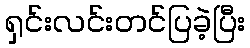
ရှင်းလင်းတင်ပြခဲ့ပြီး